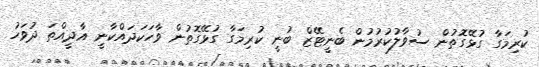
ކުރިމަގާ ގުޅޭގޮތުން ސުވާލުކުރުމުން ބެނީޓޭޒް ބުނީ ކުރިމަގާ ގުޅޭގޮތުން ވާހަކަދައްކާނީ އާދީއްތަ ދުވަހު